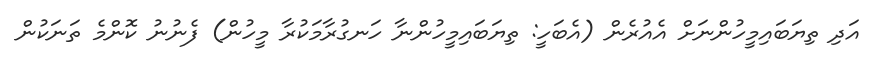
އަދި ތިޔަބައިމީހުންނަށް އެއުރެން (އެބަހީ: ތިޔަބައިމީހުންނާ ހަނގުރާމަކުރާ މީހުން) ފެނުނު ކޮންމެ ތަނަކުން